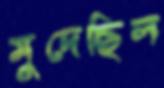
মুদেছিল